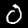
Digit: 0